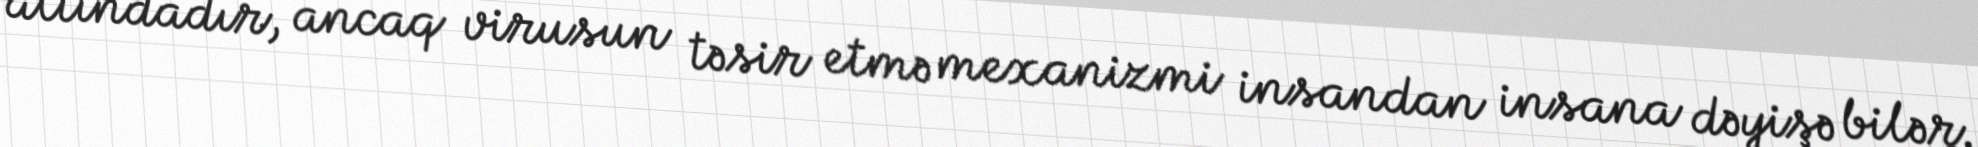
altındadır, ancaq virusun təsir etmə mexanizmi insandan insana dəyişə bilər.